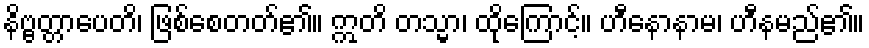
နိဗ္ဗတ္တာပေတိ၊ ဖြစ်စေတတ်၏။ ဣတိ တသ္မာ၊ ထိုကြောင့်။ ဟီနောနာမ၊ ဟီနမည်၏။